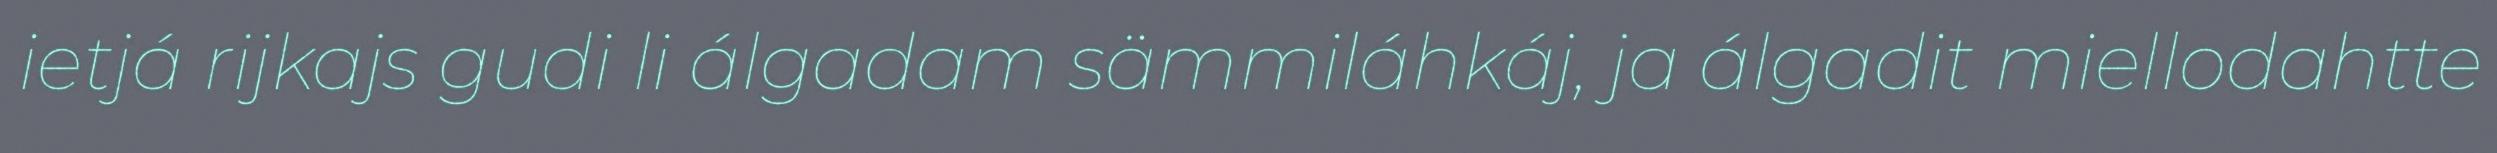
ietjá rijkajs gudi li álgadam sämmiláhkáj, ja álgadit miellodahtte